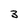
Character: 3